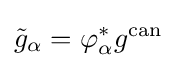
{\tilde {g}}_{\alpha }=\varphi _{\alpha }^{*}g^{\text{can}}